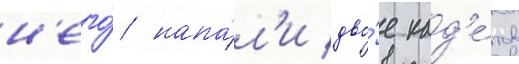
н'его́ напа́л'и дво́е кад'е́тов